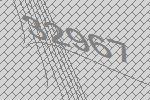
32967